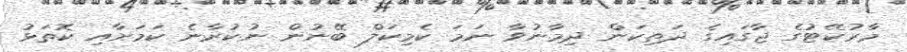
މާރުކޭޓުގެ ޖާގައިގެ ދަތިކަން ދިމާނުވާ ނަމަ ކެމިކަލް ބޭނުން ނުކުރާނެ ކަމަށާއި ކޮތަޅު